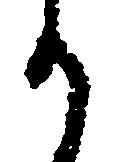
か